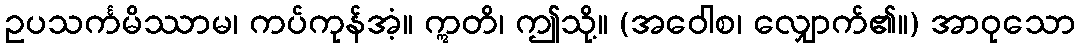
ဥပသင်္ကမိဿာမ၊ ကပ်ကုန်အံ့။ ဣတိ၊ ဤသို့။ (အဝေါစ၊ လျှောက်၏။) အာဝုသော